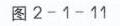
\text{开}